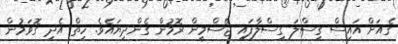
ގެއަށް އައިސް ގިސްލަ ގިސްލާފައި ޖޭސްމީން ރޮމުން ގެންދިޔައެވެ. ހިތް އެދި ގޮވަމުން